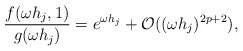
\begin{align*}\frac{f(\omega h_j,1)}{g(\omega h_j)} = e^{\omega h_j} + \mathcal{O}((\omega h_j)^{2p+2}),\end{align*}